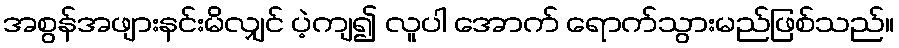
အစွန်အဖျားနင်းမိလျှင် ပဲ့ကျ၍ လူပါ အောက် ရောက်သွားမည်ဖြစ်သည်။